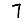
Digit: 7